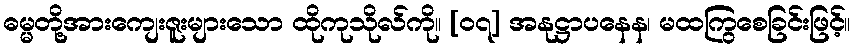
ဓမ္မတို့အားကျေးဇူးများသော ထိုကုသိုလ်ကို။ [၀၇] အနုဋ္ဌာပနေန၊ မထကြွစေခြင်းဖြင့်။